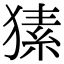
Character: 𤠚